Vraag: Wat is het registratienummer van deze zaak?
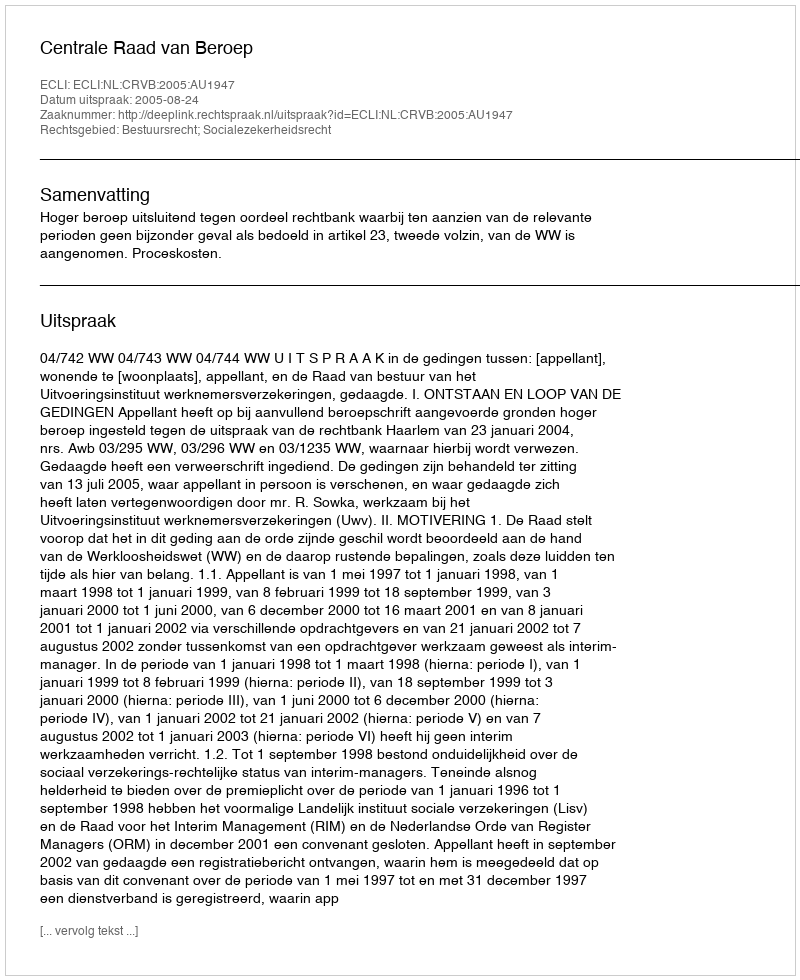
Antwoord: http://deeplink.rechtspraak.nl/uitspraak?id=ECLI:NL:CRVB:2005:AU1947